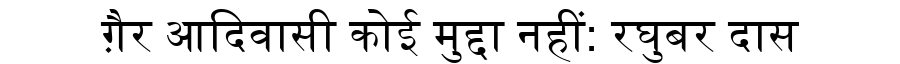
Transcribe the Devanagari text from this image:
ग़ैर आदिवासी कोई मुद्दा नहीं: रघुबर दास